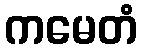
ကမေတံ